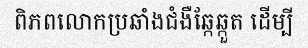
ពិភពលោកប្រឆាំងជំងឺឆ្កែឆ្កួត ដើម្បី